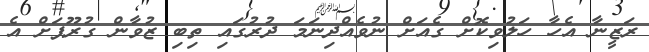
ރަޒީނާ އެހާ ހަލުވިކޮށް ގެއަށް ނުވެއްދިނަމަ ދުރުގައި ތިބި ޒުވާން ގުރޫޕަށް އެ